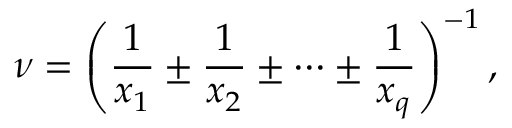
\nu = \left( \frac { 1 } { x _ { 1 } } \pm \frac { 1 } { x _ { 2 } } \pm \dots \pm \frac { 1 } { x _ { q } } \right) ^ { - 1 } ,